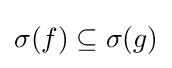
\sigma (f)\subseteq \sigma (g)